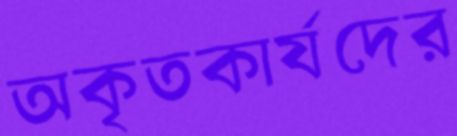
অকৃতকার্যদের